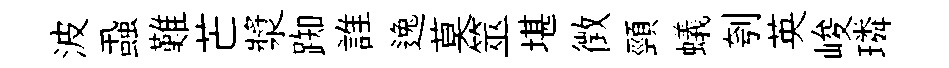
波蝨難芒漿踟誰逸莫筮堪徴頸蟻刳英峻璘